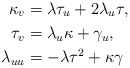
\begin{align*}\kappa_{v} & =\lambda\tau_{u}+2\lambda_{u}\tau,\\\tau_{v} & =\lambda_{u}\kappa+\gamma_{u},\\\lambda_{uu} & =-\lambda\tau^{2}+\kappa\gamma\end{align*}